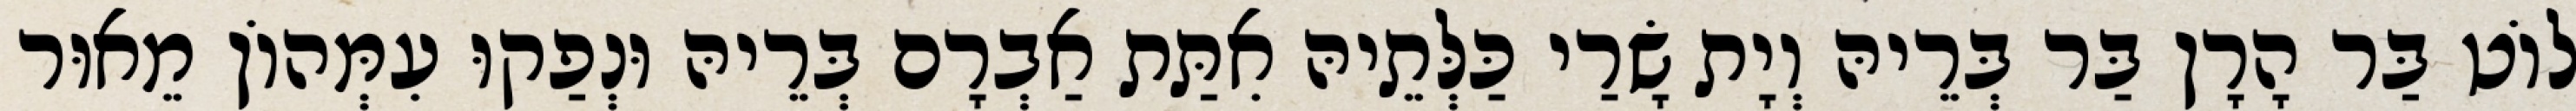
לוֹט בַּר הָרָן בַּר בְּרֵיהּ וְיָת שָׂרַי כַּלְּתֵיהּ אִתַּת אַבְרָם בְּרֵיהּ וּנְפַקוּ עִמְּהוֹן מֵאוּר